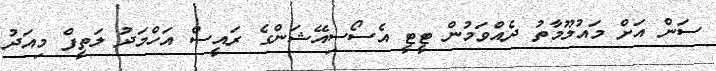
ސަން އަށް މައުލޫމާތު ދެއްވަމުން ޓީޓީ އެސޯސިއޭޝަންގެ ރައީސް އަހްމަދު ލަތީފް މިއަދު